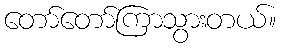
တော်တော်ကြာသွားတယ်။